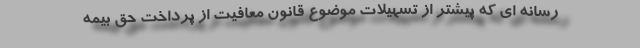
رسانه ای که پیشتر از تسهیلات موضوع قانون معافیت از پرداخت حق بیمه